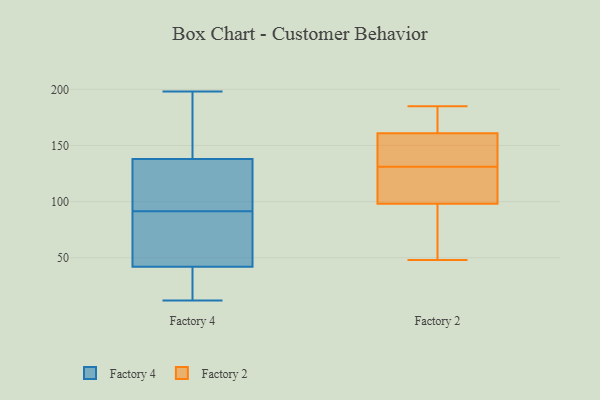
{"axis": {"x": "Net Income (USD K)", "y": "Value"}, "legend": ["Factory 2", "Factory 4"], "data": [{"x": "", "y": 137, "type": "Factory 4"}, {"x": "", "y": 21, "type": "Factory 4"}, {"x": "", "y": 157, "type": "Factory 4"}, {"x": "", "y": 138, "type": "Factory 4"}, {"x": "", "y": 130, "type": "Factory 4"}, {"x": "", "y": 20, "type": "Factory 4"}, {"x": "", "y": 45, "type": "Factory 4"}, {"x": "", "y": 42, "type": "Factory 4"}, {"x": "", "y": 151, "type": "Factory 4"}, {"x": "", "y": 198, "type": "Factory 4"}, {"x": "", "y": 105, "type": "Factory 4"}, {"x": "", "y": 12, "type": "Factory 4"}, {"x": "", "y": 55, "type": "Factory 4"}, {"x": "", "y": 78, "type": "Factory 4"}, {"x": "", "y": 100, "type": "Factory 2"}, {"x": "", "y": 165, "type": "Factory 2"}, {"x": "", "y": 59, "type": "Factory 2"}, {"x": "", "y": 163, "type": "Factory 2"}, {"x": "", "y": 98, "type": "Factory 2"}, {"x": "", "y": 48, "type": "Factory 2"}, {"x": "", "y": 133, "type": "Factory 2"}, {"x": "", "y": 129, "type": "Factory 2"}, {"x": "", "y": 185, "type": "Factory 2"}, {"x": "", "y": 161, "type": "Factory 2"}, {"x": "", "y": 148, "type": "Factory 2"}, {"x": "", "y": 48, "type": "Factory 2"}, {"x": "", "y": 103, "type": "Factory 2"}, {"x": "", "y": 135, "type": "Factory 2"}]}